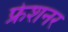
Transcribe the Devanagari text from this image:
फ्रेशनर